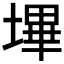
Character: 𭏬